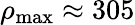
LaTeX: \rho_{\mathrm{max}}\approx 305